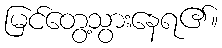
မြင်တွေ့သွားနေရ၏။